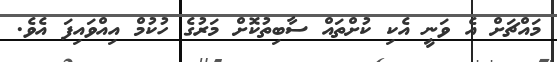
މައްޗަށް އެ ވަނީ އެކި ކުށްތައް ސާބިތުކޮށް މަރުގެ ހުކުމް އިއްވައިފަ އެވެ.